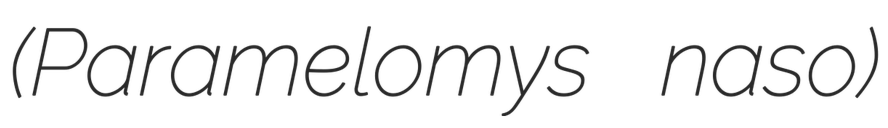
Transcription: (Paramelomys naso)